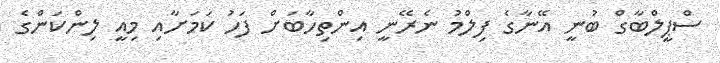
ސްޕީލްބާގް ބުނީ އޭނާގެ ފިލްމު ނެރޭނީ އިންތިހާބަށް ފަހު ކަމަށާއި މިއީ ލިންކަންގެ